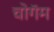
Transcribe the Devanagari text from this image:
चोगॅम